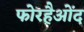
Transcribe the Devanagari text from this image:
फोरहैओंद